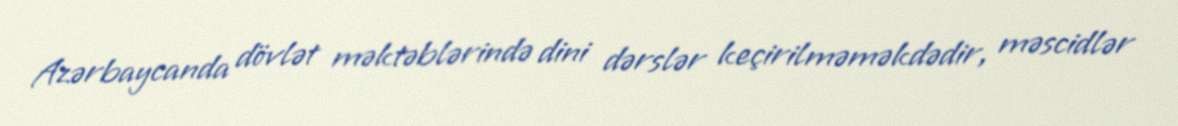
Azərbaycanda dövlət məktəblərində dini dərslər keçirilməməkdədir, məscidlər